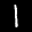
Label: 1